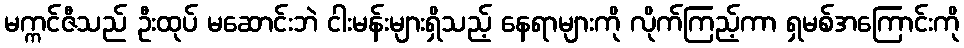
မက္ကင်ဇီသည် ဦးထုပ် မဆောင်းဘဲ ငါးမန်းများရှိသည့် နေရာများကို လိုက်ကြည့်ကာ ရှမစ်အကြောင်းကို